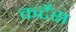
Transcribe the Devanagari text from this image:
कर्टेंस